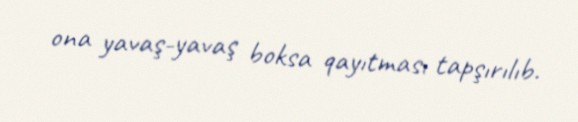
ona yavaş-yavaş boksa qayıtması tapşırılıb.